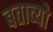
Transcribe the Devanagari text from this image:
बताव्यो